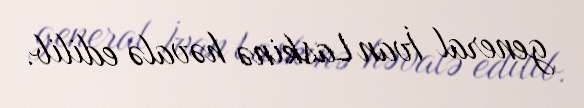
general İvan Laskinə həvalə edilib.